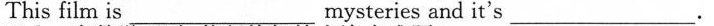
This film is ___ mysteries and it's ___